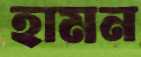
হামন